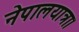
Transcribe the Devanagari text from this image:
नेपालयात्रा।